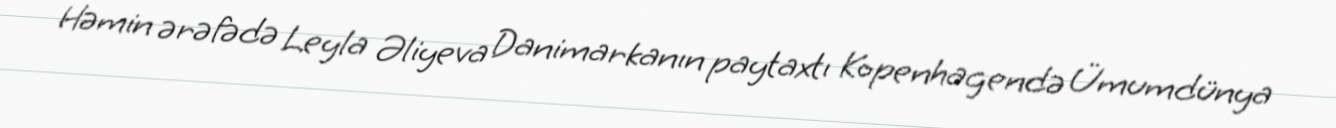
Həmin ərəfədə Leyla Əliyeva Danimarkanın paytaxtı Kopenhagendə Ümumdünya